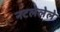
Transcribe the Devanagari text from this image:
नटलेलेले